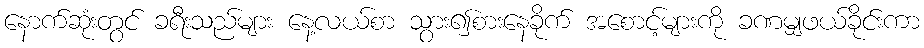
နောက်ဆုံးတွင် ခရီးသည်များ နေ့လယ်စာ သွား၍စားနေခိုက် အစောင့်များကို ခဏမျှဖယ်ခိုင်းကာ